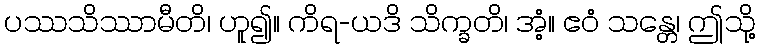
ပဿသိဿာမီတိ၊ ဟူ၍။ ကိရ-ယဒိ သိက္ခတိ၊ အံ့။ ဧဝံ သန္တေ၊ ဤသို့